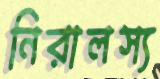
নিরালস্য